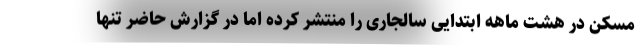
مسکن در هشت ماهه ابتدایی سالجاری را منتشر کرده اما در گزارش حاضر تنها